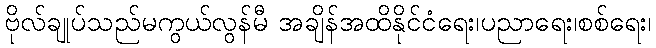
ဗိုလ်ချုပ်သည်မကွယ်လွန်မီ အချိန်အထိနိုင်ငံရေး၊ပညာရေး၊စစ်ရေး၊